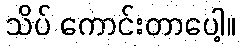
သိပ် ကောင်းတာပေါ့။